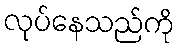
လုပ်နေသည်ကို